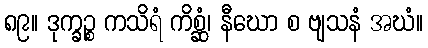
၈၉။ ဒုက္ခဉ္စ ကသိရံ ကိစ္ဆံ၊ နီဃော စ ဗျသနံ အဃံ။